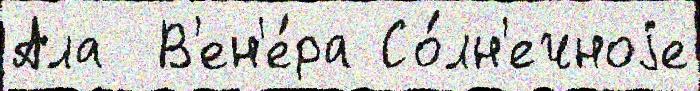
Ала  В'ен'е́ра Со́лн'ечноjе